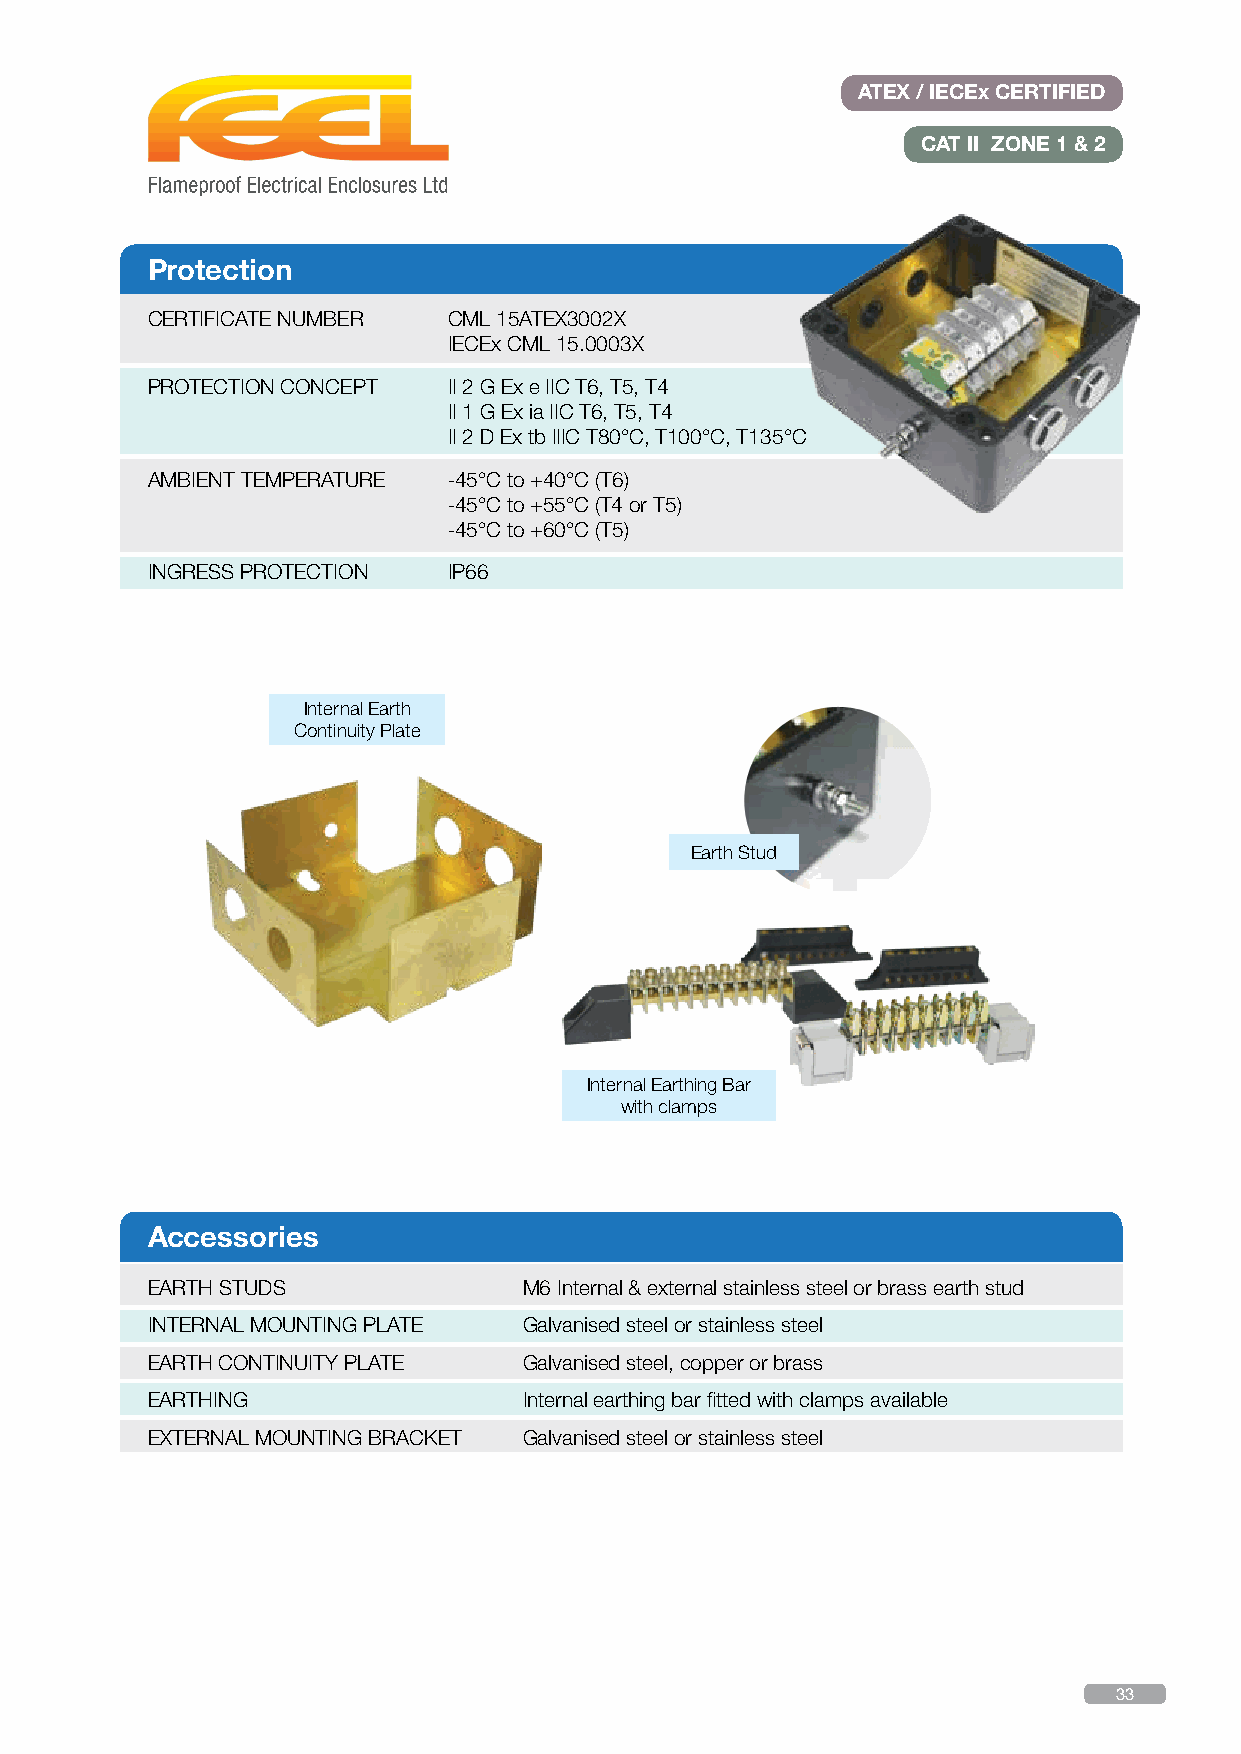
ATEX / IECEx CERTIFIED
 CAT II ZONE 1 & 2
 Protection
 CERTIFICATE NUMBER  CML 15ATEX3002X
 IECEx CML 15.0003X
 PROTECTION CONCEPT  II 2 G Ex e IIC T6, T5, T4
 II 1 G Ex ia IIC T6, T5, T4
 II 2 D Ex tb IIIC T80°C, T100°C, T135°C
 AMBIENT TEMPERATURE -45°C to +40°C (T6)
 -45°C to +55°C (T4 or T5)
 -45°C to +60°C (T5)
 INGRESS PROTECTION  IP66
 Internal Earth
 Continuity Plate
 Earth Stud
 Internal Earthing Bar
 with clamps
 Accessories
 EARTH STUDS              M6 Internal & external stainless steel or brass earth stud
 INTERNAL MOUNTING PLATE  Galvanised steel or stainless steel
 EARTH CONTINUITY PLATE   Galvanised steel, copper or brass
 EARTHING                 Internal earthing bar fitted with clamps available
 EXTERNAL MOUNTING BRACKET Galvanised steel or stainless steel
 33